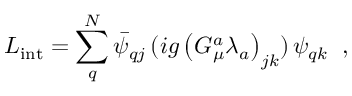
L _ { \mathrm { i n t } } = \sum _ { q } ^ { N } \bar { \psi } _ { q j } \, ( i g \left( G _ { \mu } ^ { a } \lambda _ { a } \right) _ { j k } ) \, \psi _ { q k } \; \; ,